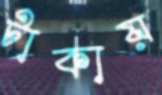
টাকায়